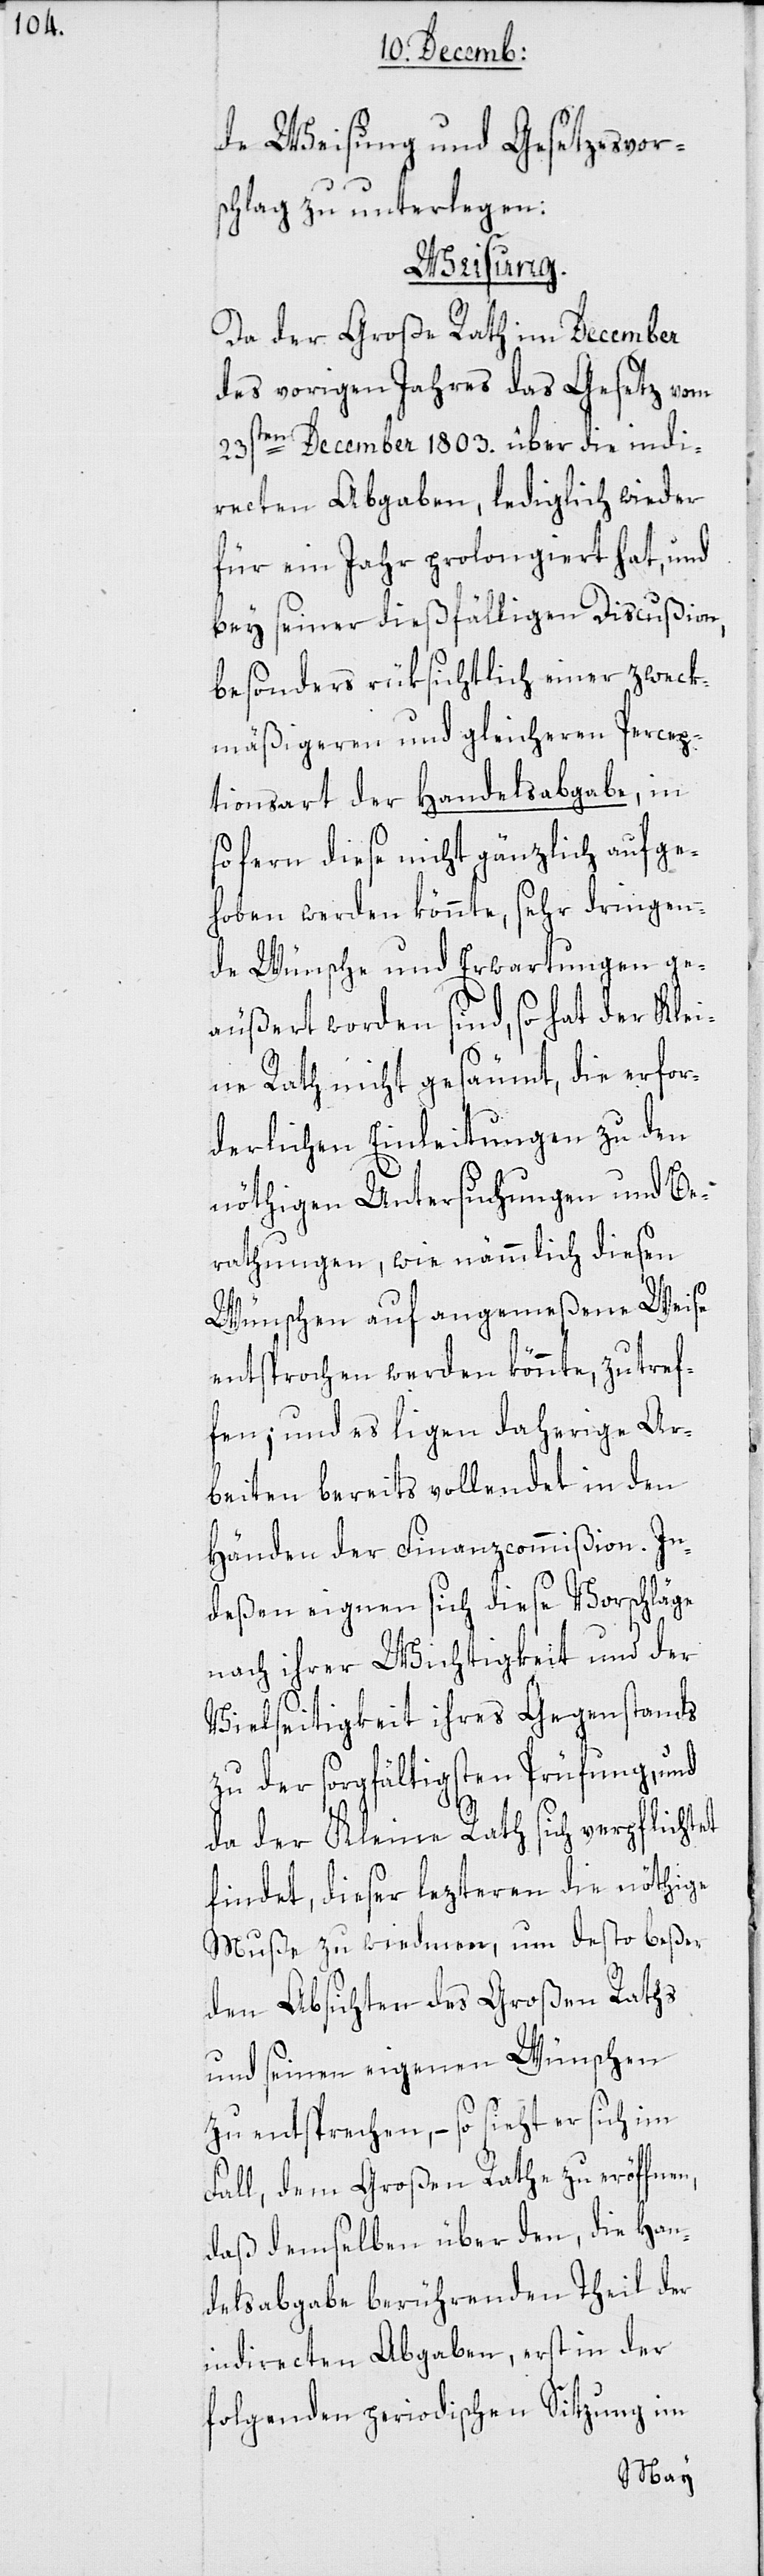
de Weisung und Gesetzesvors¬
chlag zu unterlegen:
Weisung.
Da der Große Rath im December
des vorigen Jahres das Gesetz vom
23sten December 1803. über die indi¬
recten Abgaben, lediglich wieder
für ein Jahr prolongiert hat, und
bey seiner dießfälligen Discußion,
besonders rüksichtlich einer zweck¬
mäßigeren und gleicheren Percep¬
tionsart der Handelsabgabe, in
sofern diese nicht gänzlich aufge¬
hoben werden könnte, sehr dringen¬
de Wünsche und Erwartungen ge¬
äußert worden sind, so hat der Klei¬
ne Rath nicht gesäumt, die erfor¬
derlichen Einleitungen zu den
nöthigen Untersuchungen und Be¬
rathungen, wie nämmlich diesen
Wünschen auf angemeßene Weise
entsprochen werden könnte, zu tref¬
fen; und es liegen daherige Ar¬
beiten bereits vollendet in den
Händen der Finanzcommißion. In¬
deßen eignen sich diese Vorschläge
nach ihrer Wichtigkeit und der
Vielseitigkeit ihres Gegenstands
zu der sorgfältigsten Prüfung, und
da der Kleine Rath sich verpflichtet
findet, dießer lezteren die nöthige
Muße zu wiedmen, um desto beßer
den Absichten des Großen Raths
und seinen eigenen Wünschen
zu entsprechen, – so sieht er sich im
Fall, dem Großen Rathe zu eröffnen,
daß demselben über den, die Han¬
delsabgabe berührenden Theil der
indirecten Abgaben, erst in der
folgenden periodischen Sitzung im